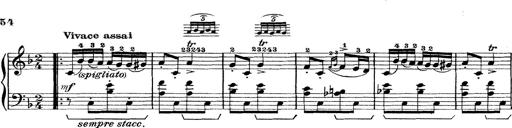
Title: Rapsodie: 19 ungheresi, 1 spagnuola
Composer: Franz Liszt